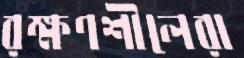
রক্ষণশীলেরা